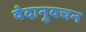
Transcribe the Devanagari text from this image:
वेदानुवचन